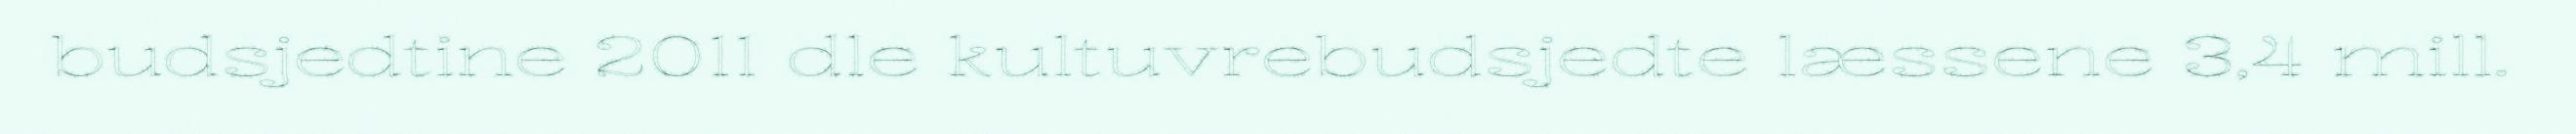
budsjedtine 2011 dle kultuvrebudsjedte læssene 3,4 mill.